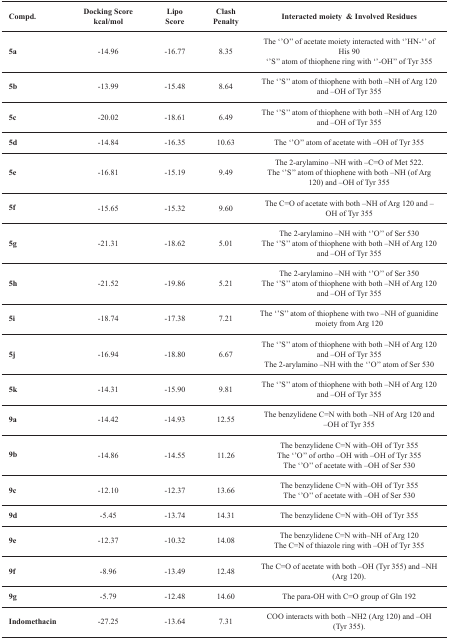
<table><thead><tr><td><b>Compd.</b></td><td><b>Docking Score kcal/mol</b></td><td><b>Lipo Score</b></td><td><b>Clash Penalty</b></td><td><b>Interacted moiety &amp;Involved Residues</b></td></tr></thead><tbody><tr><td>5a</td><td>-14.96</td><td>-16.77</td><td>8.35</td><td>The ‘’O’’ of acetate moiety interacted with ‘’HN-‘’ of His 90‘’S’’ atom of thiophene ring with ‘’-OH’’ of Tyr 355</td></tr><tr><td>5b</td><td>-13.99</td><td>-15.48</td><td>8.64</td><td>The ‘’S’’ atom of thiophene with both –NH of Arg 120 and –OH of Tyr 355</td></tr><tr><td>5c</td><td>-20.02</td><td>-18.61</td><td>6.49</td><td>The ‘’S’’ atom of thiophene with both –NH of Arg 120 and –OH of Tyr 355</td></tr><tr><td>5d</td><td>-14.84</td><td>-16.35</td><td>10.63</td><td>The ‘’O’’ atom of acetate with –OH of Tyr 355</td></tr><tr><td>5e</td><td>-16.81</td><td>-15.19</td><td>9.49</td><td>The 2-arylamino –NH with –C=O of Met 522.The ‘’S’’ atom of thiophene with both –NH (of Arg 120) and –OH of Tyr 355</td></tr><tr><td>5f</td><td>-15.65</td><td>-15.32</td><td>9.60</td><td>The C=O of acetate with both –NH of Arg 120 and –OH of Tyr 355</td></tr><tr><td>5g</td><td>-21.31</td><td>-18.62</td><td>5.01</td><td>The 2-arylamino –NH with ‘’O’’ of Ser 530The ‘’S’’ atom of thiophene with both –NH of Arg 120 and –OH of Tyr 355</td></tr><tr><td>5h</td><td>-21.52</td><td>-19.86</td><td>5.21</td><td>The 2-arylamino –NH with ‘’O’’ of Ser 350The ‘’S’’ atom of thiophene with both –NH of Arg 120 and –OH of Tyr 355</td></tr><tr><td>5i</td><td>-18.74</td><td>-17.38</td><td>7.21</td><td>The ‘’S’’ atom of thiophene with two –NH of guanidine moiety from Arg 120 </td></tr><tr><td>5j</td><td>-16.94</td><td>-18.80</td><td>6.67</td><td>The ‘’S’’ atom of thiophene with both –NH of Arg 120 and –OH of Tyr 355The 2-arylamino –NH with the ‘’O’’ atom of Ser 530</td></tr><tr><td>5k</td><td>-14.31</td><td>-15.90</td><td>9.81</td><td>The ‘’S’’ atom of thiophene with both –NH of Arg 120 and –OH of Tyr 355</td></tr><tr><td>9a</td><td>-14.42</td><td>-14.93</td><td>12.55</td><td>The benzylidene C=N with both –NH of Arg 120 and –OH of Tyr 355</td></tr><tr><td>9b</td><td>-14.86</td><td>-14.55</td><td>11.26</td><td>The benzylidene C=N with–OH of Tyr 355The ‘’O’’ of ortho –OH with –OH of Tyr 355The ‘’O’’ of acetate with –OH of Ser 530</td></tr><tr><td>9c</td><td>-12.10</td><td>-12.37</td><td>13.66</td><td>The benzylidene C=N with–OH of Tyr 355The ‘’O’’ of acetate with –OH of Ser 530</td></tr><tr><td>9d</td><td>-5.45</td><td>-13.74</td><td>14.31</td><td>The benzylidene C=N with–OH of Tyr 355</td></tr><tr><td>9e</td><td>-12.37</td><td>-10.32</td><td>14.08</td><td>The benzylidene C=N with–NH of Arg 120The C=N of thiazole ring with –OH of Tyr 355</td></tr><tr><td>9f</td><td>-8.96</td><td>-13.49</td><td>12.48</td><td>The C=O of acetate with both –OH (Tyr 355) and –NH (Arg 120).</td></tr><tr><td>9g</td><td>-5.79</td><td>-12.48</td><td>14.60</td><td>The para-OH with C=O group of Gln 192</td></tr><tr><td>Indomethacin</td><td>-27.25</td><td>-13.64</td><td>7.31</td><td>COO interacts with both –NH2 (Arg 120) and –OH (Tyr 355).</td></tr></tbody></table>